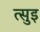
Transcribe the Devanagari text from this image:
त्सुइ